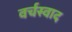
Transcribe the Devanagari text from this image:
वर्चस्वाद